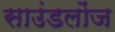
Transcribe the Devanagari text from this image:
साउंडलोंज